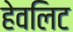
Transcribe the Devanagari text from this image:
हेवलिट